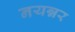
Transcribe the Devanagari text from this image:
नयन्नर